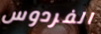
الفردوس